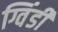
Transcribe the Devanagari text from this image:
ग्विंडी